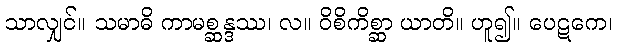
သာလျှင်။ သမာဓိ ကာမစ္ဆန္ဒဿ၊ လ။ ဝိစိကိစ္ဆာ ယာတိ။ ဟူ၍။ ပေဋကေ၊